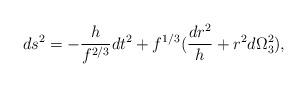
LaTeX: \begin{align*}ds^2 = -{h\over f^{2/3}} dt^2 + f^{1/3} ({dr^2\over h} +r^2 d\Omega_3^2),\end{align*}